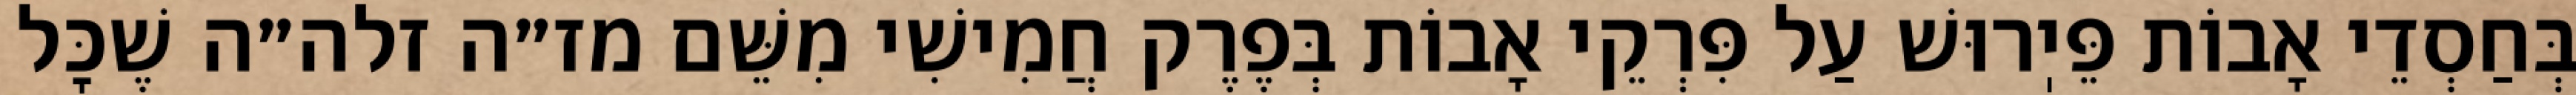
בְּחַסְדֵי אָבוֹת פֵּיֽרוּשׁ עַל פִּרְקֵי אָבוֹת בְּפֶרֶק חֲמִישִׁי מִשֵּׁם מז״ה זלה״ה שֶׁכׇּל